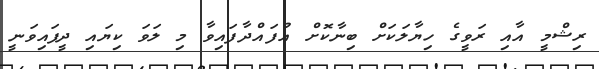
ރިޝްމީ އާއި ރަވީގެ ހިޔާލަކަށް ބިނާކޮށް އުފައްދާފައިވާ މި ލަވަ ކިޔައި ދީފައިވަނީ